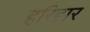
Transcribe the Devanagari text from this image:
हरिदृार